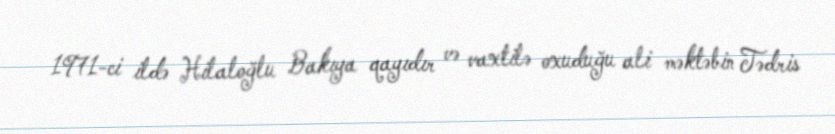
1971-ci ildə Hilaloğlu Bakıya qayıdır və vaxtilə oxuduğu ali məktəbin Tədris